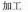
加工